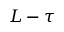
L - \tau